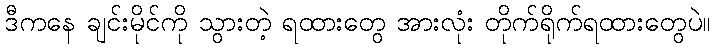
ဒီကနေ ချင်းမိုင်ကို သွားတဲ့ ရထားတွေ အားလုံး တိုက်ရိုက်ရထားတွေပဲ။